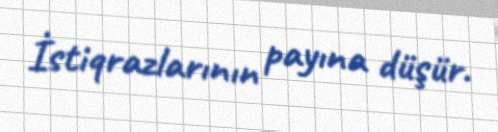
İstiqrazlarının payına düşür.